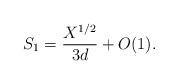
LaTeX: \begin{align*}S_1=\frac{X^{1/2}}{3d}+O(1).\end{align*}